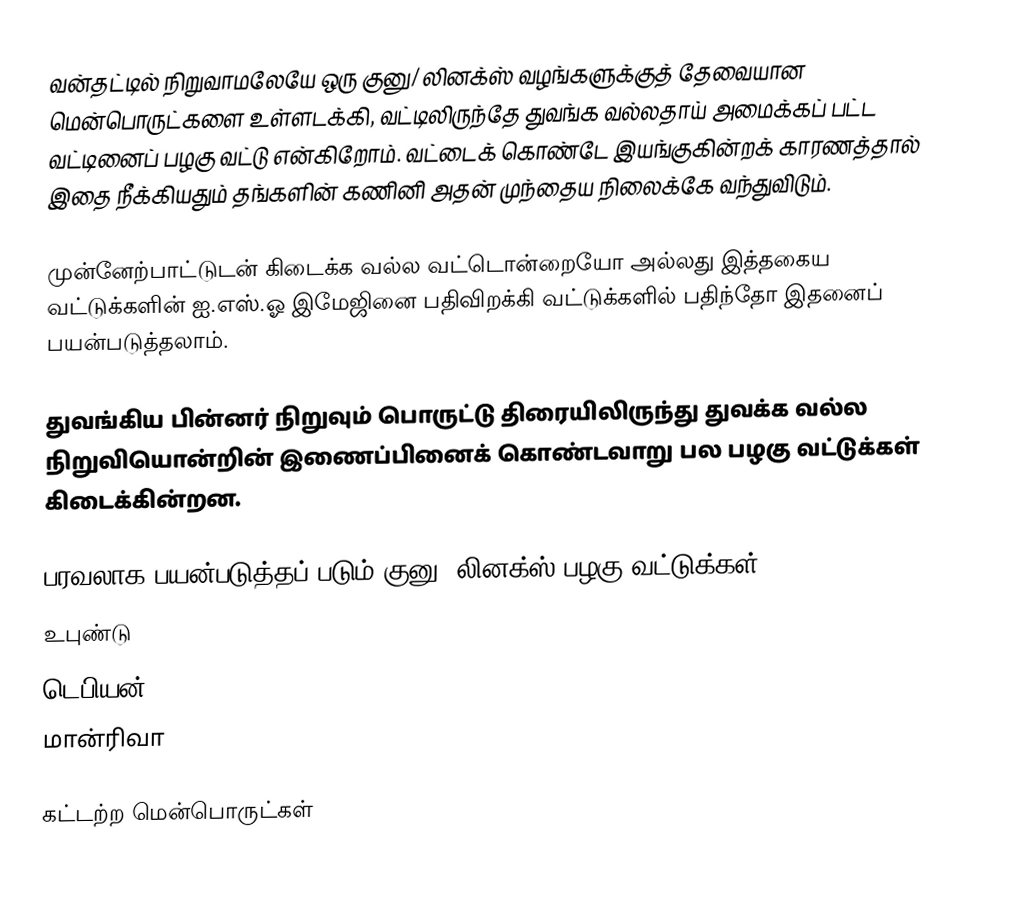
வன்தட்டில் நிறுவாமலேயே ஒரு குனு/ லினக்ஸ் வழங்களுக்குத் தேவையான மென்பொருட்களை உள்ளடக்கி, வட்டிலிருந்தே துவங்க வல்லதாய் அமைக்கப் பட்ட வட்டினைப் பழகு வட்டு என்கிறோம். வட்டைக் கொண்டே இயங்குகின்றக் காரணத்தால் இதை நீக்கியதும் தங்களின் கணினி அதன் முந்தைய நிலைக்கே வந்துவிடும்.

முன்னேற்பாட்டுடன் கிடைக்க வல்ல வட்டொன்றையோ அல்லது இத்தகைய வட்டுக்களின் ஐ.எஸ்.ஓ இமேஜினை பதிவிறக்கி வட்டுக்களில் பதிந்தோ இதனைப் பயன்படுத்தலாம்.

துவங்கிய பின்னர் நிறுவும் பொருட்டு திரையிலிருந்து துவக்க வல்ல நிறுவியொன்றின் இணைப்பினைக் கொண்டவாறு பல பழகு வட்டுக்கள் கிடைக்கின்றன.

பரவலாக பயன்படுத்தப் படும் குனு/ லினக்ஸ் பழகு வட்டுக்கள்
 உபுண்டு
 டெபியன்
 மான்ரிவா

கட்டற்ற மென்பொருட்கள்